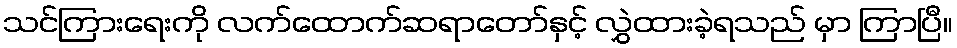
သင်ကြားရေးကို လက်ထောက်ဆရာတော်နှင့် လွှဲထားခဲ့ရသည် မှာ ကြာပြီ။